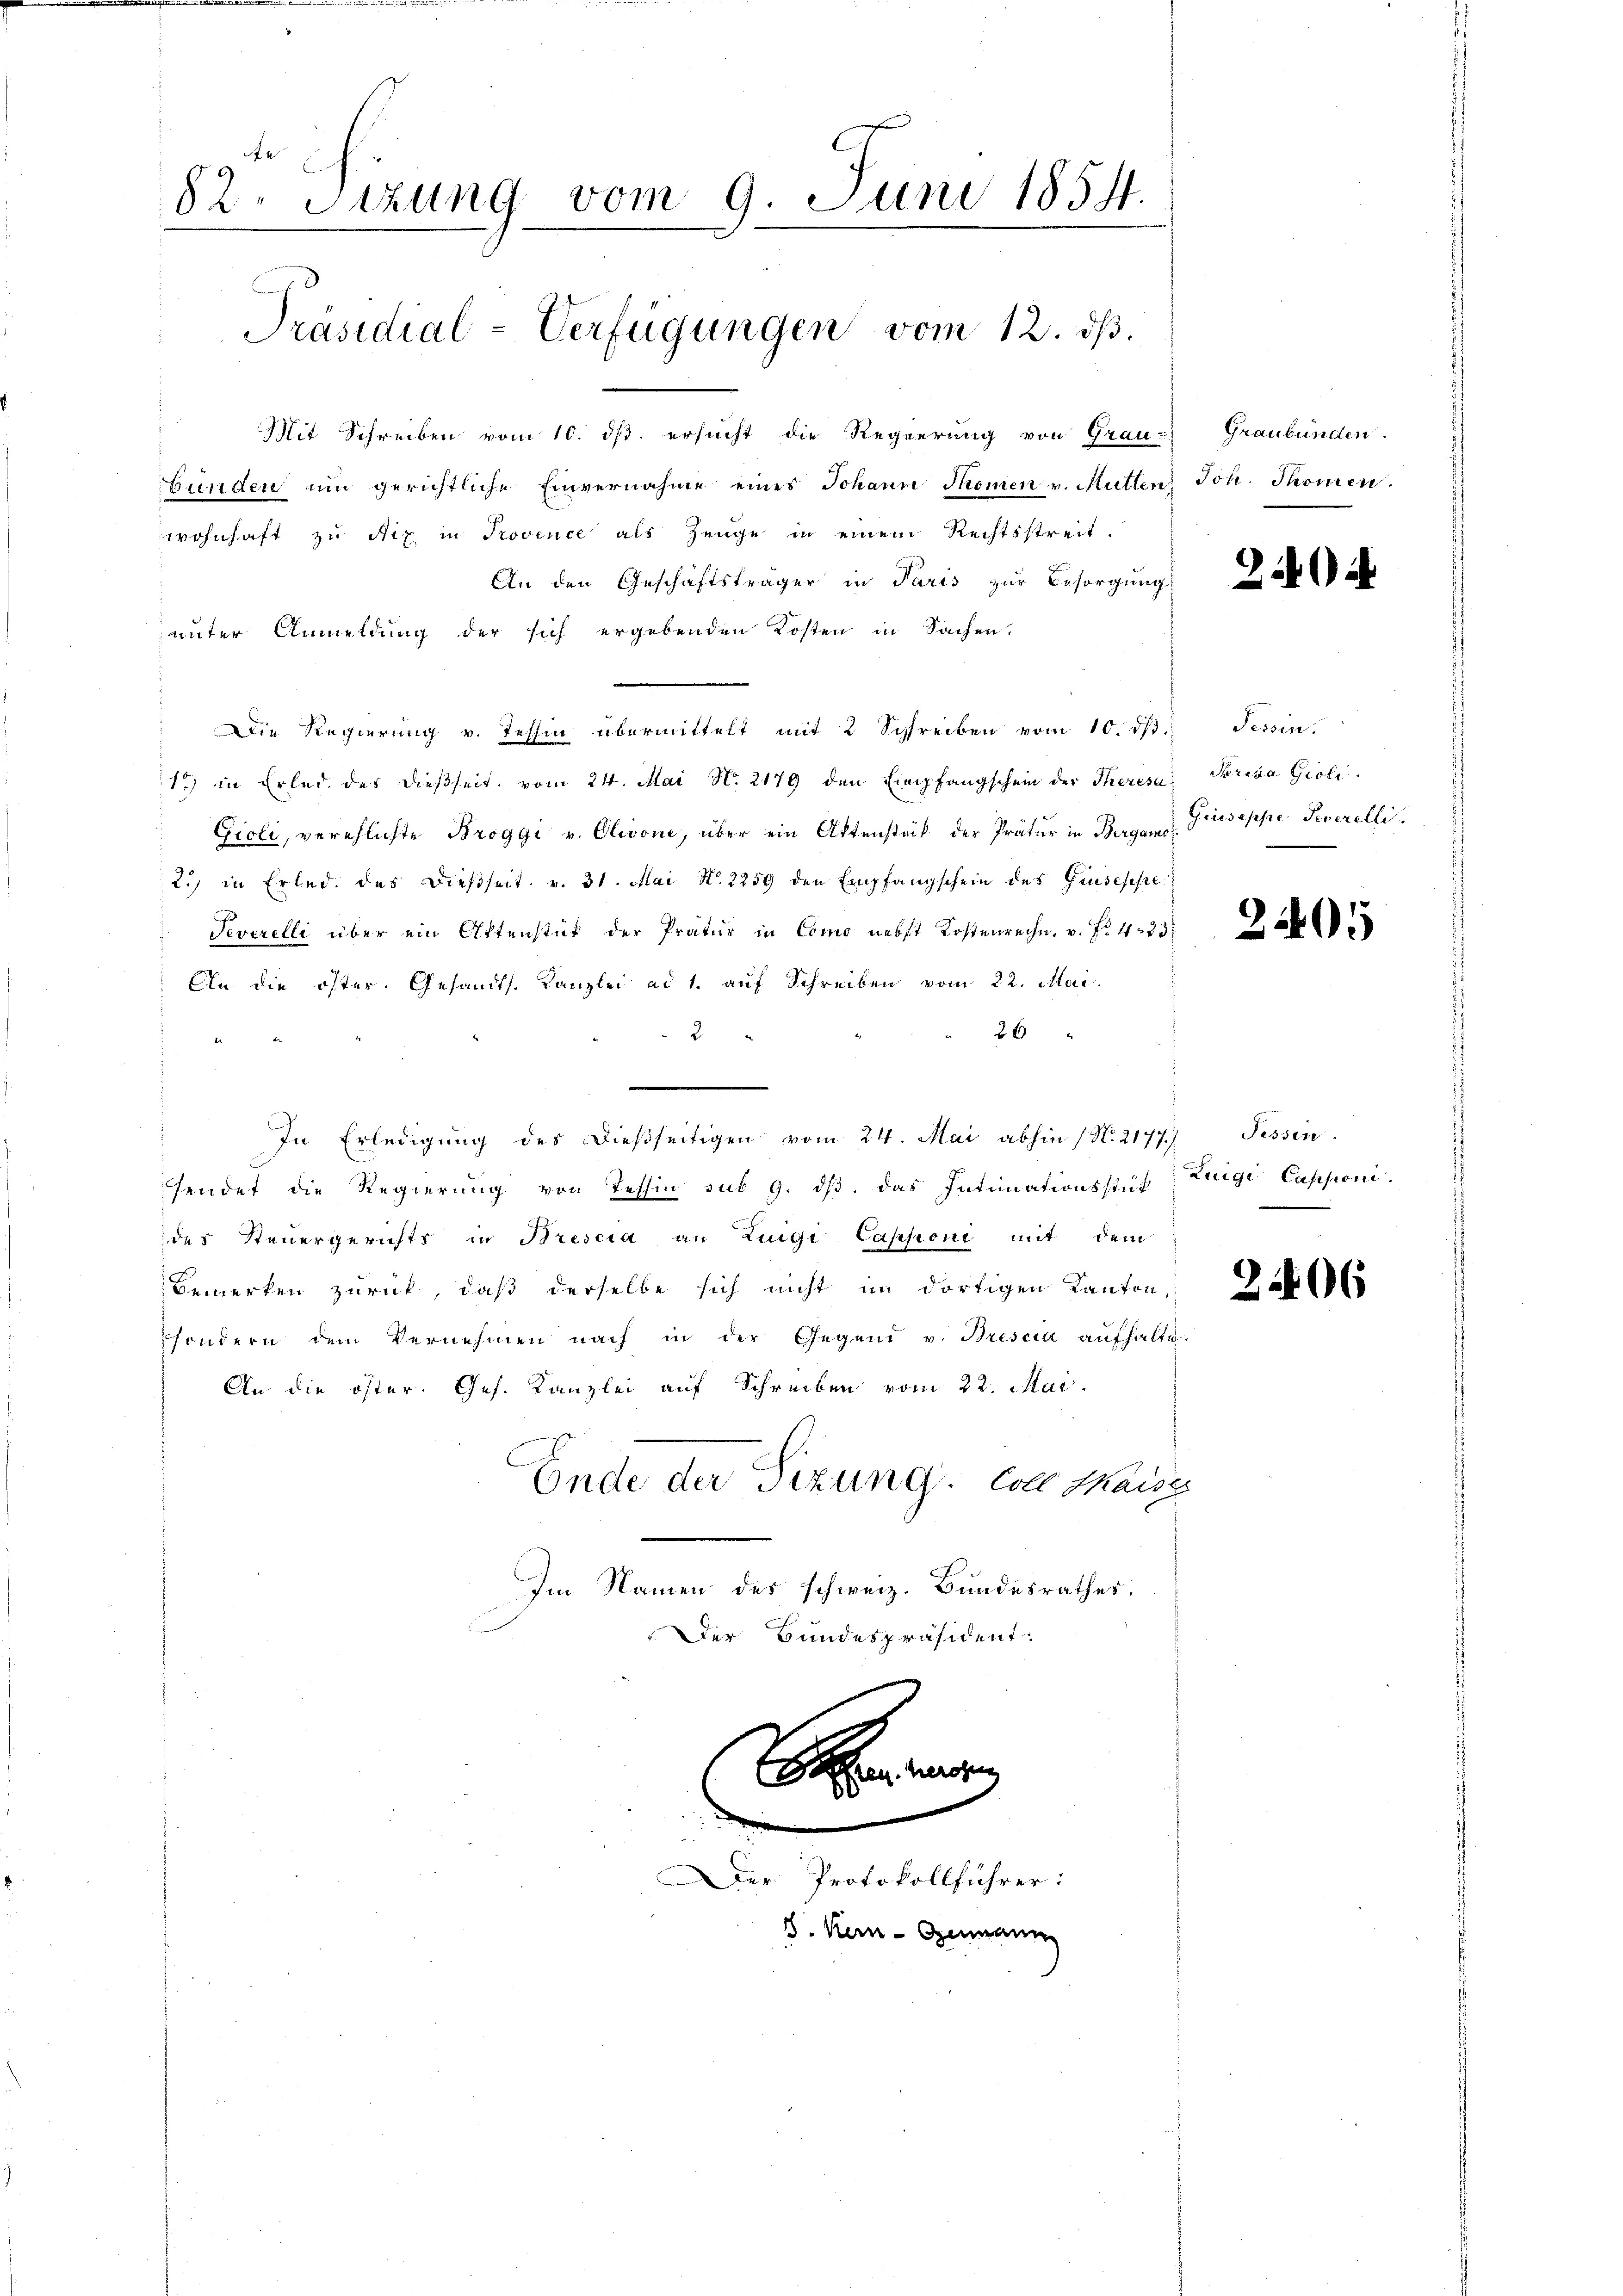
82. Sitzung vom 9. Juni 1857.
Präsidial-Verfügungen vom 12. dß.

Mit Schreiben vom 10. ds. ersucht die Regierung von Grau-
bünden ŭm gerichtliche Einvernahme eines Johann Promen v. Mütten Joh. Thomen.
wohnhaft zu Niz in Provence als Zeuge in einem Rechtsstreit.
An den Geschäftsträger in Paris zur Besorgung
unter Anmeldung der sich ergebenden Kosten in Sachen.
 Die Regierung v. Tessin übermittelt mit 2 Schreiben vom 10. dβ
1 in Erled des dießseit vom 24. Mai N. 2179 den Empfangschein der Theresa
Gioli, verehlichte Broggi u. Olivone, über ein Aktenstück der Prätur in Berga   Giuseppe Severelli
2.) in Erlede des dießseit v. 31. Mai N. 2259 den Empfangschein des Grusesse
Teverelli über ein Ottenstät der Pratur in Como nebst Kostenrechn. v. Fr. 423
An die öster. Gesandts. Kanzlei ad 1. aŭf Schreiben vom 22. Mai.
26 "

In Erledigŭng des dießseitigen vom 24. Mai abhin (N. 2177) Tessin
sendet die Regierung von Tessin sub 9. dβ das Intimationsstüc
des Steuergerichts in Brescia an Zigi Capponi mit dem
Bemerken zurück, daß derselbe sich nicht im dortigen Kanton,
sondern dem Vernehmen nach in der Gegend v. Brescia aŭfhalte.
An die öster Chef. Kanzlei auf Schreiben vom 22. Mai
Ende der Sizung. Colle Marie
Im Namen des schweiz. Bundesrathes,
Der Bundespräsident

u

2

er Protokollführer:
8. Ken-Germann

Graubünden.

204

Tessin.
Serida Gioli

2405

Zuigi Capsoni.
.

206